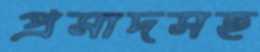
প্রসাদসহ